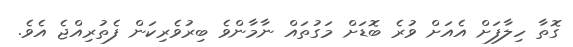
ގޮތާ ހިލާފަށް އެއަށް ވުރެ ބޮޑަށް މަގުތައް ނާމާންވެ ބިރުވެރިކަން ފެތުރިއްޖެ އެވެ.